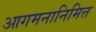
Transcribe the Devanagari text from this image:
आगमनानिमित्त